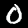
Label: 0